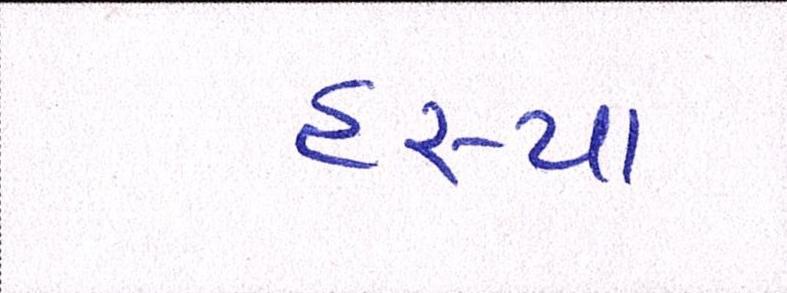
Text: હસ્યા